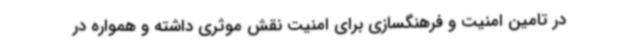
در تامین امنیت و فرهنگسازی برای امنیت نقش موثری داشته و همواره در